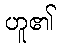
ဟူ၏